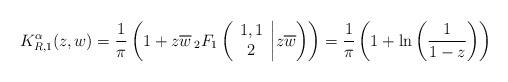
LaTeX: \begin{align*} K^{\alpha}_{R,1}(z,w) = \frac{1}{\pi }\left( 1 + z \overline{w} \, {_2F_1}\left( \begin{array}{c} 1 , 1 \\ 2 \end{array}\bigg | z \overline{w} \right)\right)= \frac{1}{\pi }\left( 1 + \ln\left( \frac 1{1-z}\right)\right)\end{align*}